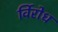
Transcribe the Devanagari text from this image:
र्विरोध